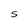
Character: S